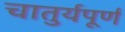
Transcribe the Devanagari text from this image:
चातुर्यपूर्ण